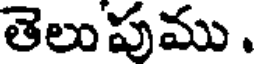
తెలుపుము.